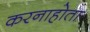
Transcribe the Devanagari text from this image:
करनाहोता